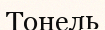
Тонель